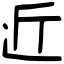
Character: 近